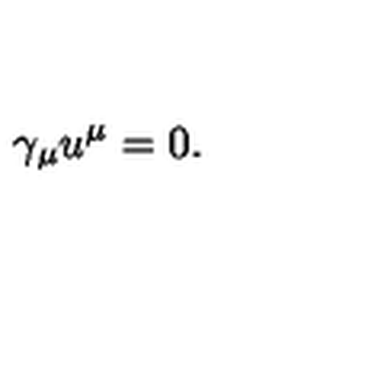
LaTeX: \gamma _ { \mu } u ^ { \mu } = 0 .